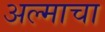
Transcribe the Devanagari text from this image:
अल्माचा